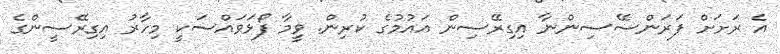
އެ ރަށަށް ފަރަންސޭސިންނާ އިގިރޭސިން އައުމުގެ ކުރިން. ވީމާ ފޯޅަވައްސަކީ މިހާރު އިގިރޭސީންގެ